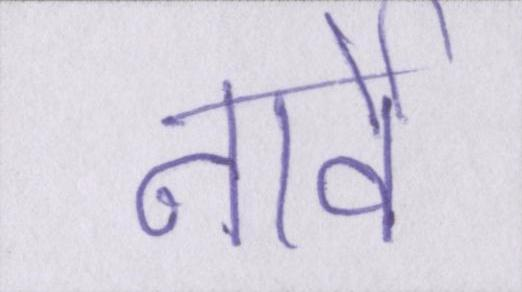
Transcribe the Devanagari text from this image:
नार्वे